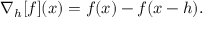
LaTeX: \nabla _ { h } [ f ] ( x ) = f ( x ) - f ( x - h ) .